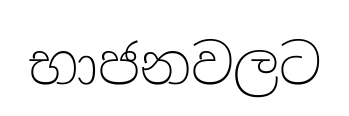
භාජනවලට